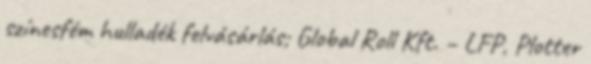
színesfém hulladék felvásárlás; Global Roll Kft. – LFP, Plotter